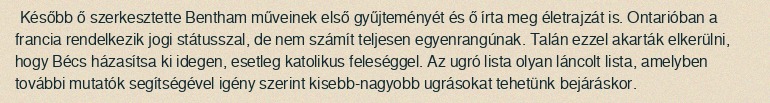
Később ő szerkesztette Bentham műveinek első gyűjteményét és ő írta meg életrajzát is. Ontarióban a francia rendelkezik jogi státusszal, de nem számít teljesen egyenrangúnak. Talán ezzel akarták elkerülni, hogy Bécs házasítsa ki idegen, esetleg katolikus feleséggel. Az ugró lista olyan láncolt lista, amelyben további mutatók segítségével igény szerint kisebb-nagyobb ugrásokat tehetünk bejáráskor.